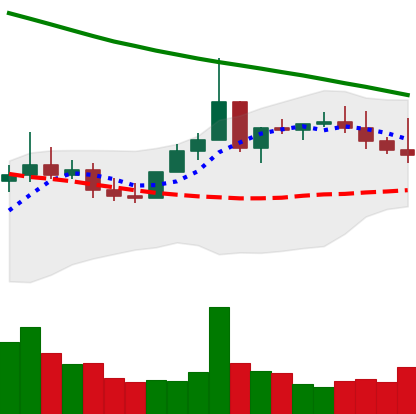
Ticker: XLM-USD
Chart end date: 2022-08-17
Forward return: -9.515%
Label: down_7plus